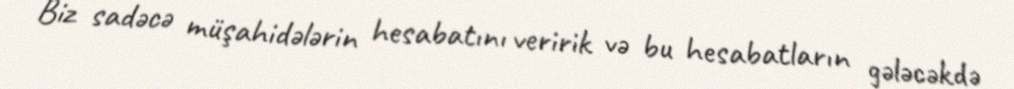
Biz sadəcə müşahidələrin hesabatını veririk və bu hesabatların gələcəkdə